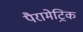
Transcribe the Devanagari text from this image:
पैरामेट्रिक